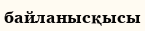
байланысқысы